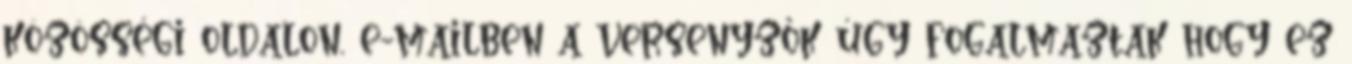
közösségi oldalon, e-mailben a versenyzők úgy fogalmaztak hogy ez